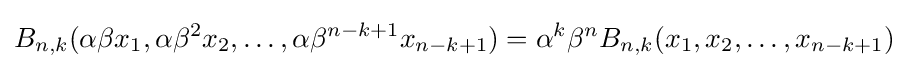
B_{n,k}(\alpha \beta x_{1},\alpha \beta ^{2}x_{2},\ldots ,\alpha \beta ^{n-k+1}x_{n-k+1})=\alpha ^{k}\beta ^{n}B_{n,k}(x_{1},x_{2},\ldots ,x_{n-k+1})